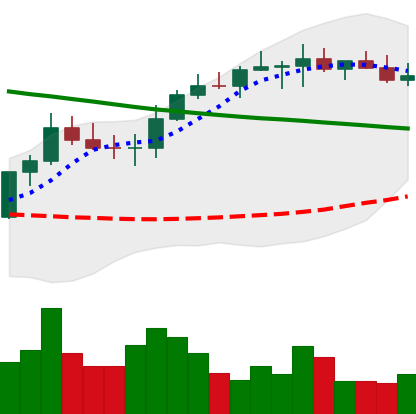
Ticker: BNB-USD
Chart end date: 2022-08-15
Forward return: -11.315%
Label: down_7plus